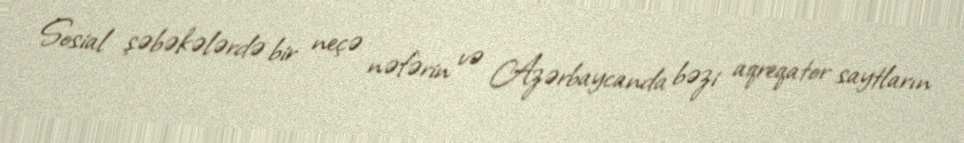
Sosial şəbəkələrdə bir neçə nəfərin və Azərbaycanda bəzi aqreqator saytların